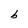
Character: b